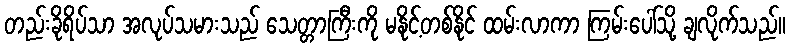
တည်းခိုရိပ်သာ အလုပ်သမားသည် သေတ္တာကြီးကို မနိုင့်တစ်နိုင် ထမ်းလာကာ ကြမ်းပေါ်သို့ ချလိုက်သည်။